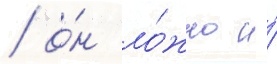
/ о́н ло́жно и́